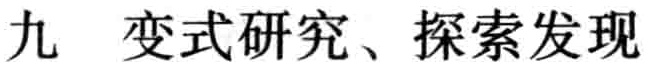
九  变式研究、探索发现